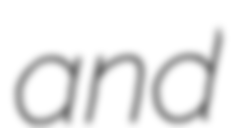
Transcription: and